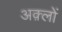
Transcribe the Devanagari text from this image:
अक़्लों